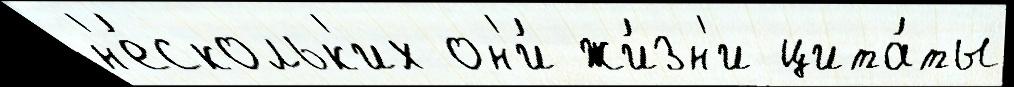
н'е́скольк'их он'и́ жи́зн'и цита́ты